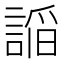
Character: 𮘦